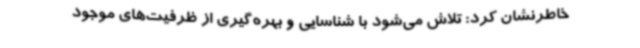
خاطرنشان کرد: تلاش می‌شود با شناسایی و بهره‌گیری از ظرفیت‌های موجود